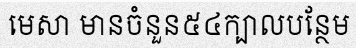
មេសា មានចំនួន៥៤ក្បាលបន្ថែម